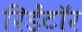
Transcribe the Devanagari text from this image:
रिडेंटॉर